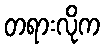
တရားလိုက